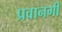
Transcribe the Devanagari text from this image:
प्रवानगी